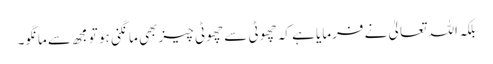
بلکہ اللہ تعالیٰ نے فرمایا ہے کہ چھوٹی سے چھوٹی چیز بھی مانگنی ہو تو مجھ سے مانگو۔